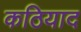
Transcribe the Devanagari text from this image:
कठियाद